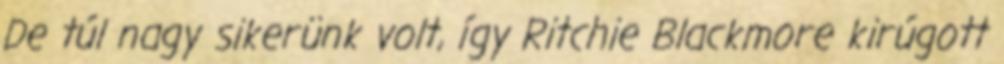
De túl nagy sikerünk volt, így Ritchie Blackmore kirúgott